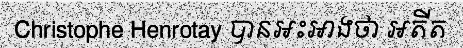
Christophe Henrotay បានអះអាងថា អតីត